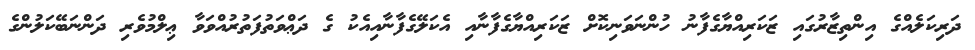
ދަރިކަލެއްގެ އިންތިޒާރުގައި ޒަކަރިއްޔާގެފާނު ހުންނަވަނިކޮށް ޒަކަރިއްޔާގެފާނާއި އެކަލޭގެފާނާއިއެކު ގެ ދަޢްވަތުފަތުރުއްވަވާ ޢިލްމުވެރި ދަންނަބޭކަލުންގެ